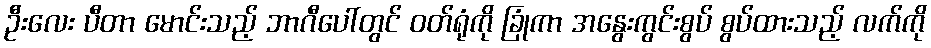
ဦးလေး ပီတာ မောင်းသည့် ဘာဂီပေါ်တွင် ဝတ်ရုံကို ခြုံကာ အနွေးကွင်းစွပ် စွပ်ထားသည့် လက်ကို